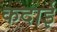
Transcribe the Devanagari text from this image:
कदाई